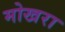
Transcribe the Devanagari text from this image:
मोखरा